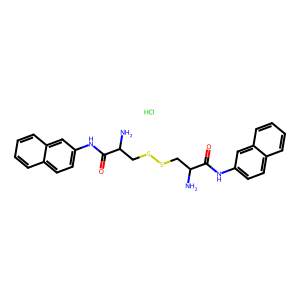
SMILES: Cl.NC(CSSCC(N)C(=O)Nc1ccc2ccccc2c1)C(=O)Nc1ccc2ccccc2c1
Inhibits HIV replication: No